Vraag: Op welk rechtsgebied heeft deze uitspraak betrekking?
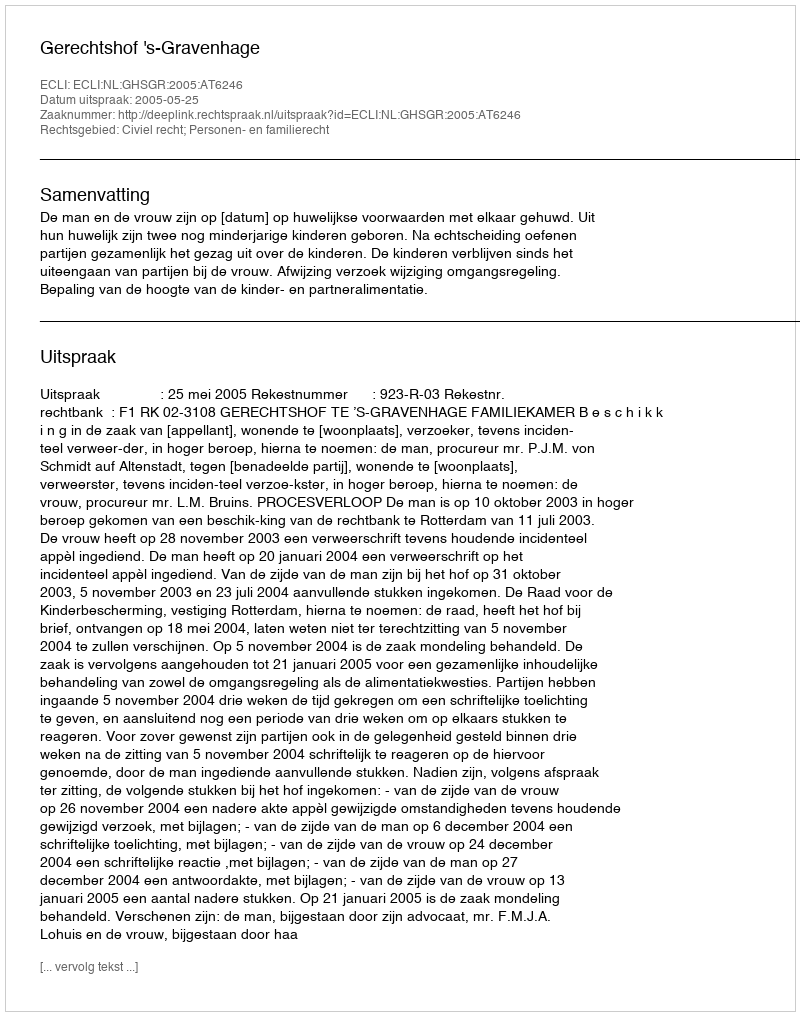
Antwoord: Civiel recht; Personen- en familierecht